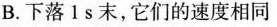
B.下落1s末，它们的速度相同